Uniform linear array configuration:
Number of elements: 64
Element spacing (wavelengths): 0.5
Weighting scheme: blackman
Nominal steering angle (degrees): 0
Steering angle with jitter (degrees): -0.5654
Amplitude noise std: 0.05
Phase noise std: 0.05

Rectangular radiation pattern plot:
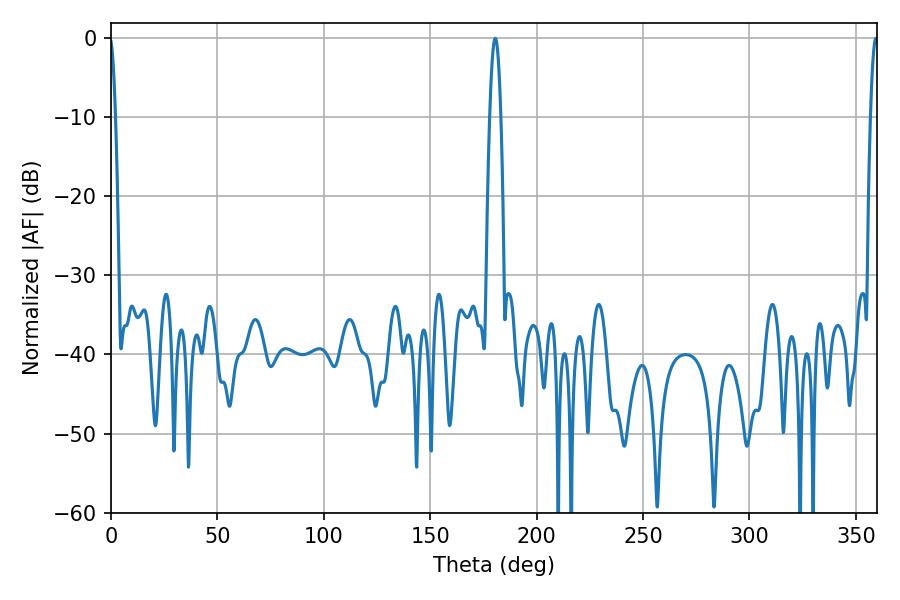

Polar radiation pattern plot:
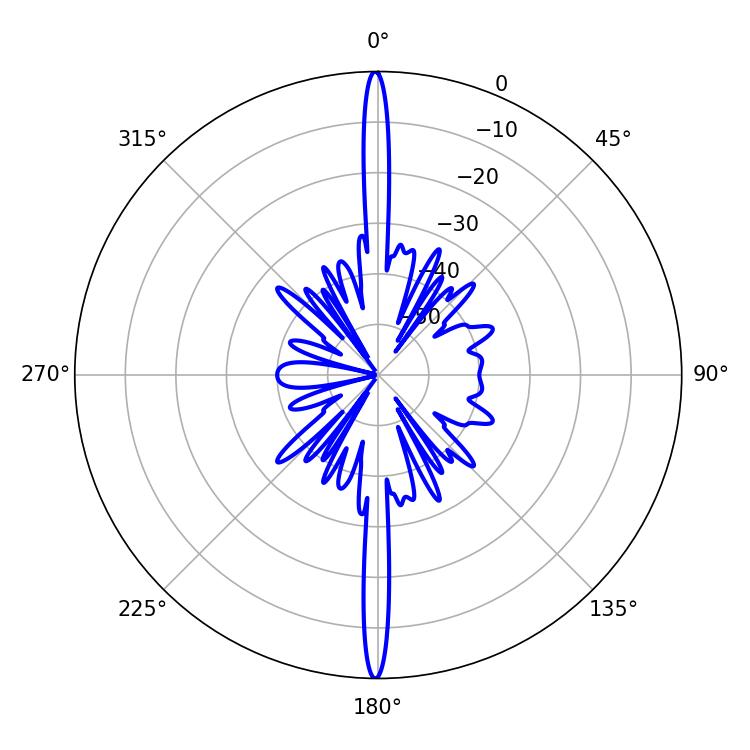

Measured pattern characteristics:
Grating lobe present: FALSE
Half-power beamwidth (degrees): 2.88
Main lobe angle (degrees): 180.54